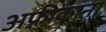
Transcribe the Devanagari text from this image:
अफ़्रीकाना